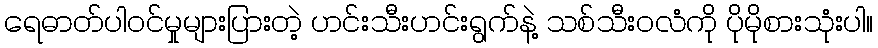
ရေဓာတ်ပါဝင်မှုများပြားတဲ့ ဟင်းသီးဟင်းရွက်နဲ့ သစ်သီးဝလံကို ပိုမိုစားသုံးပါ။